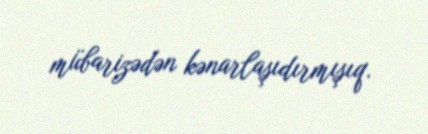
mübarizədən kənarlaşıdırmışıq.